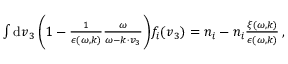
\begin{array} { r } { \int \mathrm { d } \boldsymbol { v } _ { 3 } \, \biggl ( 1 - \frac { 1 } { \epsilon ( \omega , \boldsymbol { k } ) } \frac { \omega } { \omega - \boldsymbol { k \cdot v } _ { 3 } } \biggr ) f _ { i } ( \boldsymbol { v } _ { 3 } ) = n _ { i } - n _ { i } \frac { \xi ( \omega , \boldsymbol { k } ) } { \epsilon ( \omega , \boldsymbol { k } ) } \, , } \end{array}